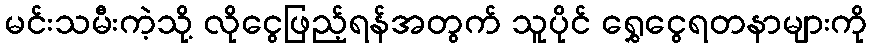
မင်းသမီးကဲ့သို့ လိုငွေဖြည့်ရန်အတွက် သူပိုင် ရွှေငွေရတနာများကို